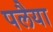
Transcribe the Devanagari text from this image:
पलैया